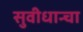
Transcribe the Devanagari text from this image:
सुवीधान्चा